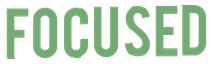
FOCUSED